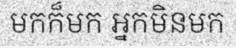
មកក៏មក អ្នកមិនមក